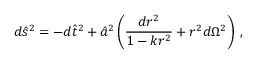
d \hat { s } ^ { 2 } = - d \hat { t } ^ { 2 } + \hat { a } ^ { 2 } \left( \frac { d r ^ { 2 } } { 1 - k r ^ { 2 } } + r ^ { 2 } d \Omega ^ { 2 } \right) \; ,